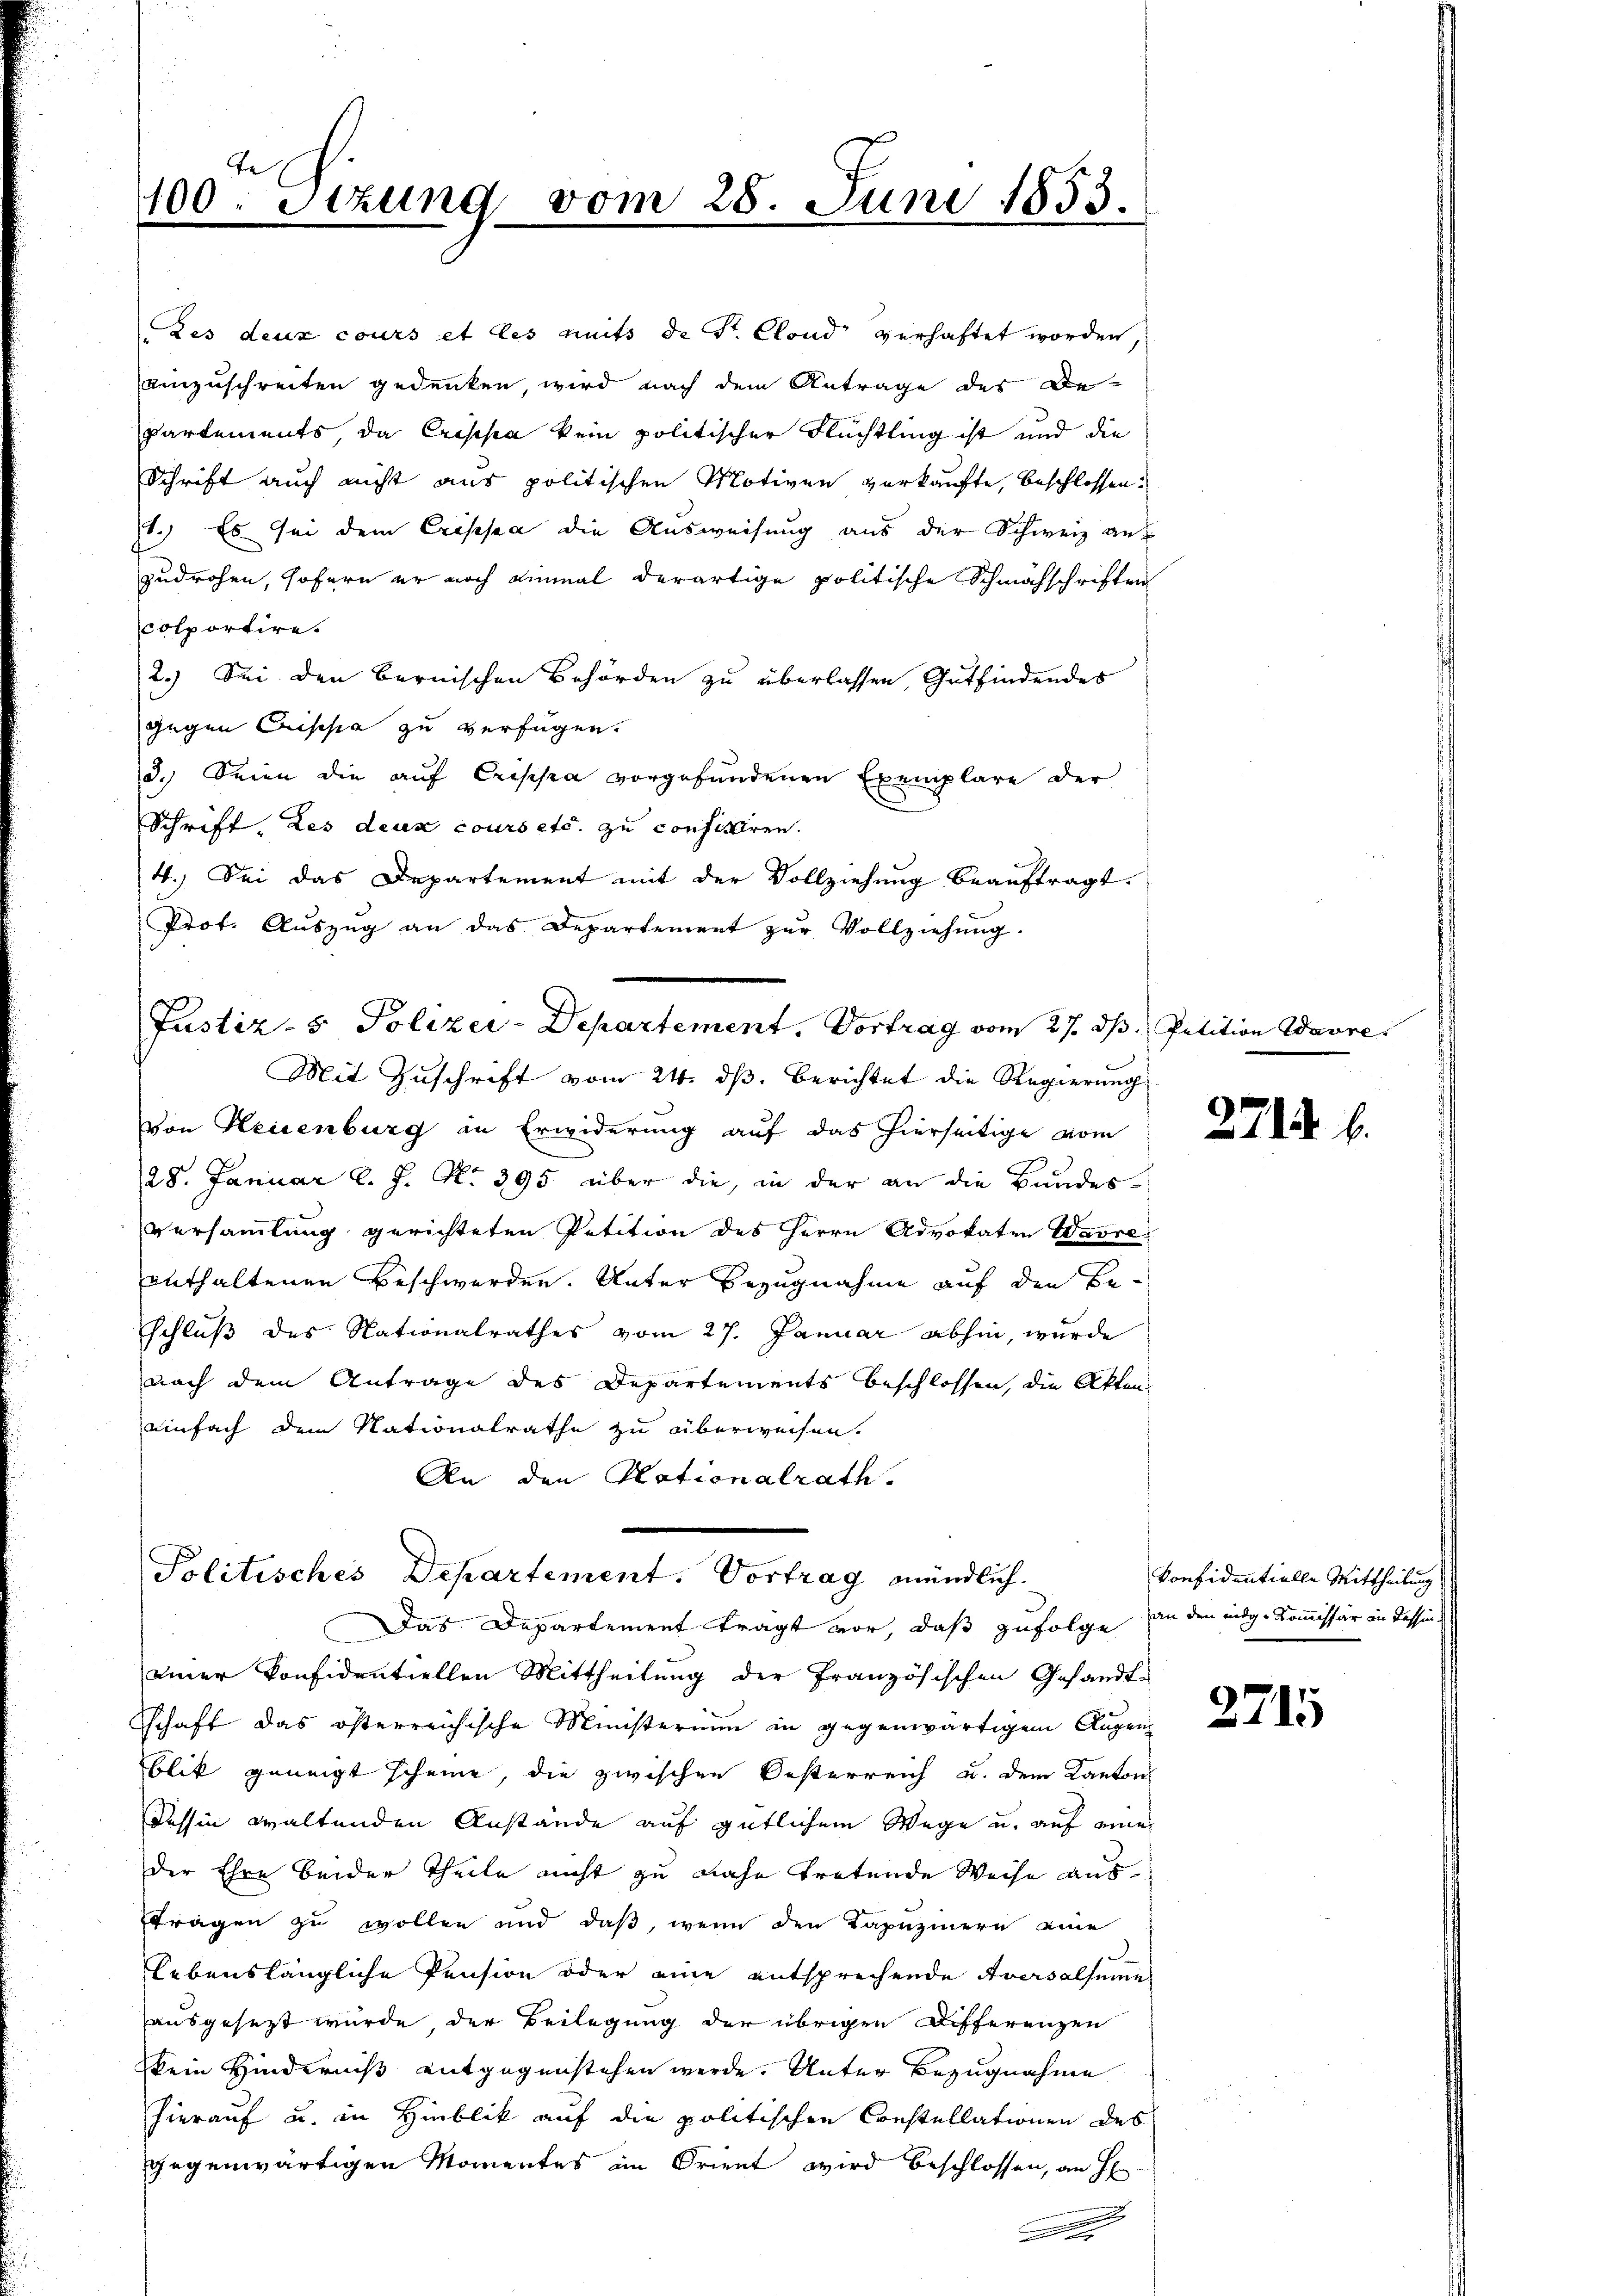
100. Sitzung vom 28. Juni 1853.

Des deux cours et les nuits de Sr. Clond verhaftet worden,
einzuschreiten gedenken, wird nach dem Antrage des Be-
partements, da Crippa kein politischer Flüchtling ist und die
Schrift auch nicht aus politischen Motiven verkaufte, beschlossen:
1.) Es sei dem Crisesa die Ausweisung aus der Schweiz auf
zudrohen, sofern er noch einmal derartige politische Schmähschriften
colportire.
2.) Sei den Bernischen Behörden zu überlassen, Gutfindendes
gegen Crische zu verfügen.
d. Seien die auf Crisopra vorgefundenen Exemplare der
Schrift, des deux cours etc. zu confistiren.
4.) Sei das Departement mit der Vollziehung beauftragt.
Prot. Aŭszŭg an das Departement zŭr Vollziehŭng.
Mit Zuschrift vom 24. ds. Berichtet die Regierung
von Heisenburg in Erwiderung auf das hierseitige vom
28. Januar l. J. No 395 über die, in der an die Bundesversammlung gerichteten Petition des Herrn Advokaten Warre
enthaltenen Beschwerden. Unter Bezugnahme auf den Be-
schluß des Nationalrathes vom 27. Januar abhin, wurde
nach dem Antrage des Departements beschlossen, die Akten
einfach dem Nationalrathe zu überweisen.
An den Nationalrath.
Politisches Departement. Vortrag mündlich.
Das Departement tragt vor, daß zufolge
s
einer Konfidentiellen Mittheilung der Französischen Gesandt-
schaft das österreichische Ministerium in gegenwärtigem Augen
blik geneigt scheine, die zwischen Besterreich u. dem Kantons
Tessin waltenden Anstände auf gütlichem Wege u. auf eine
der Ehre beider Theile nicht zu nahe tretende Weise aus
tragen zu wollen und daß, wenn den Kapuzinern eine
Lebenslängliche Pension oder eine entsprechende Aversalsumie
ausgesetzt wurde, der Beilegung der übrigen Differenzen
kein Hinderniß entgegenstehen werde. Unter Bezugnahme
hierauf u. in Hinblik auf die politischen Constellationen des
gegenwärtigen Momentes im Orient wird beschlossen, an H
e
.

Justiz- & Polizei-Departement, Vortrag vom 27. dh. Petition Warre

27/

konfidentielle Mittheilung
an den eidg. Kommissär in Tessin

2745

6.